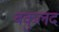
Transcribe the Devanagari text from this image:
बकुलद